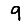
Digit: 9